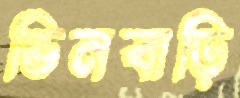
ভিনবাড়ি